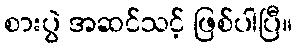
စားပွဲ အဆင်သင့် ဖြစ်ပါပြီ။